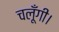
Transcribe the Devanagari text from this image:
चलूँगी।